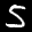
Label: 5